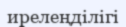
ирелеңділігі